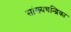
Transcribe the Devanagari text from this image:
सांख्‍यचन्द्रिका